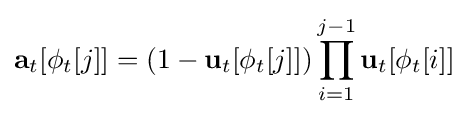
\mathbf {a} _{t}[\phi _{t}[j]]=(1-\mathbf {u} _{t}[\phi _{t}[j]])\prod _{i=1}^{j-1}\mathbf {u} _{t}[\phi _{t}[i]]